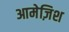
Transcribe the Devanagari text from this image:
आमेज़िश